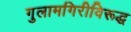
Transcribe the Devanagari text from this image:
गुलामगिरीविरूद्ध